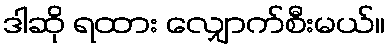
ဒါဆို ရထား လျှောက်စီးမယ်။